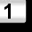
Digit: 1